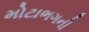
મોટાભગની